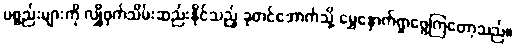
ပစ္စည်းများကို လျှို့ဝှက်သိမ်းဆည်းနိုင်သည့် ခုတင်အောက်သို့ မွှေနှောက်ရှာဖွေကြတော့သည်။